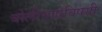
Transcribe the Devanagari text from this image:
बोलीभाषेविषयी